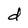
Character: d